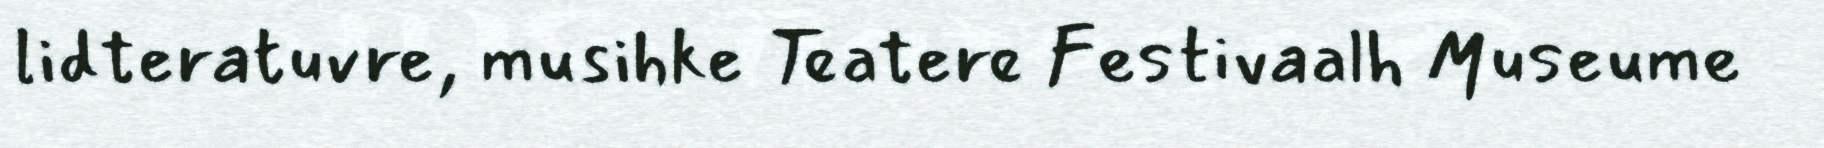
lidteratuvre, musihke Teatere Festivaalh Museume